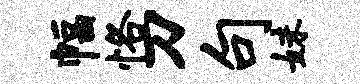
幅恪刀句妹